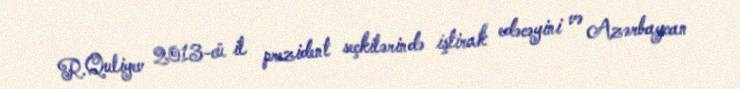
R.Quliyev 2013-cü il prezident seçkilərində iştirak edəcəyini və Azərbaycan